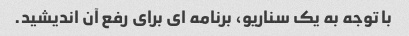
با توجه به یک سناریو، برنامه ای برای رفع آن اندیشید.